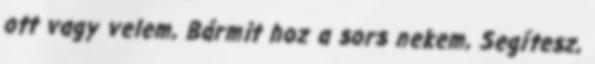
ott vagy velem, Bármit hoz a sors nekem, Segítesz,